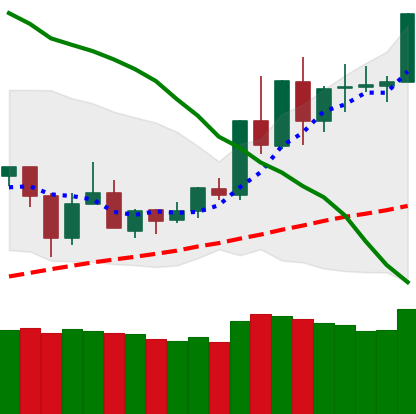
Ticker: TRX-USD
Chart end date: 2020-06-07
Forward return: -9.467%
Label: down_7plus